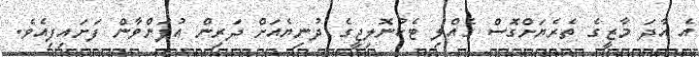
އެ އާދަ މާޒީގެ ތެރެޔަށްގޮސް ގެއްލި ޓެކުނޮލިޖީގެ ދުނިޔެއަށް ދަރިން އުފަންވާން ފަށައިފިއެވެ.